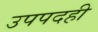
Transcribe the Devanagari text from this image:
उपपदही